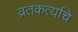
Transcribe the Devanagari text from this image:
व्रतकर्त्याचे